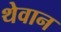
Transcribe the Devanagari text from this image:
थेवान